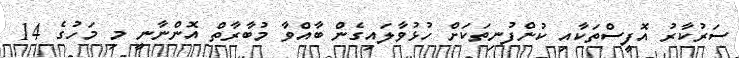
ސަރުކާރު އޮފީސްތަކާއި ކުންފުނިތަކަށް ހުޅުވާލައިގެން ބާއްވާ މުބާރާތް އޮންނާނީ މި މަހުގެ 14